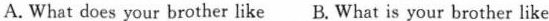
A.What does your brother like B.What is your brother like